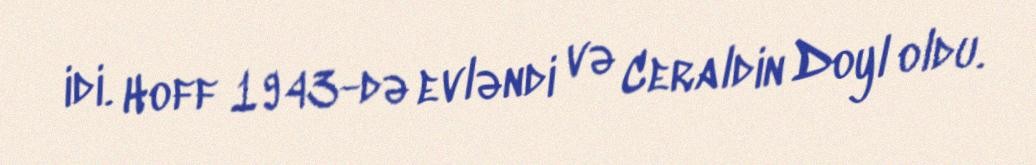
idi. Hoff 1943-də evləndi və Ceraldin Doyl oldu.